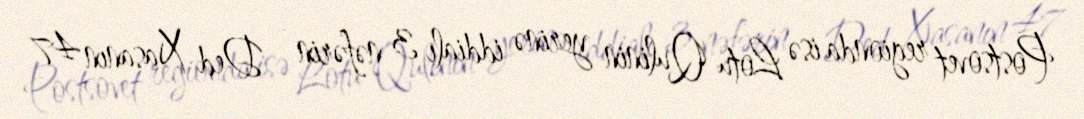
Postsovet regionda isə Lotu Qulinin yerinə iddialı 3 nəfərin - Ded Xasanın 47